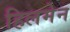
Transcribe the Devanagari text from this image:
हिलमेन